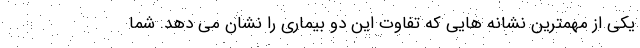
یکی از مهمترین نشانه هایی که تفاوت این دو بیماری را نشان می دهد. شما